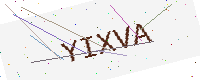
Text: YIXVA